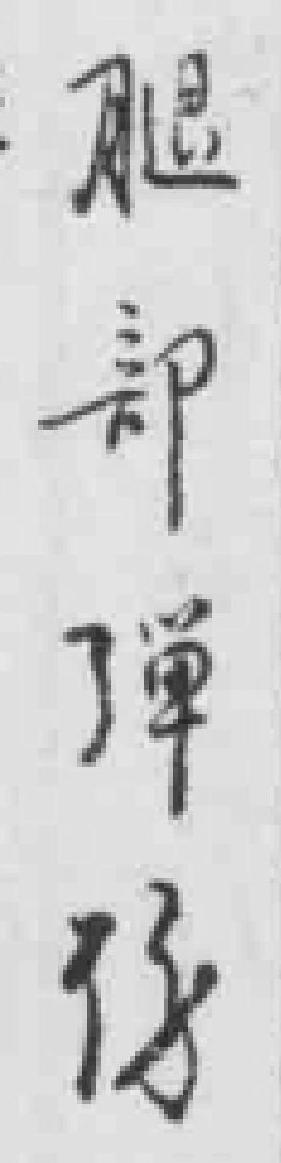
腿部弹伤